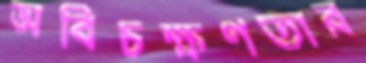
অবিচক্ষণতার